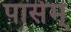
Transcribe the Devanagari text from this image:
पार्सम्